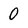
Character: 0